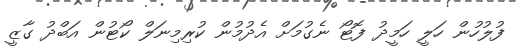
ފުލުހުން ހަލީ ހަމީދު ފޮޓޯ ނެގުމަށް އެދުމުން ކުރިމިނަލް ކޯޓުން އަބްދު ގާޒީ